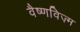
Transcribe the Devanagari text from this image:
वैष्णविज़्म